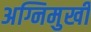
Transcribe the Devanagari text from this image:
अग्निमुखी